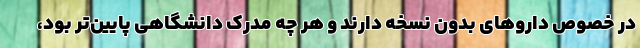
در خصوص داروهای بدون نسخه دارند و هر چه مدرک دانشگاهی پایین‌تر بود،